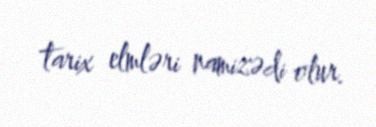
tarix elmləri namizədi olur.